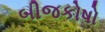
બીજકોષો